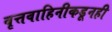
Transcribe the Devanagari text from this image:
वृत्तवाहिनीकडूनही